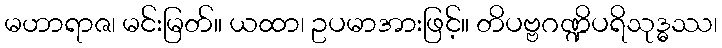
မဟာရာဇ၊ မင်းမြတ်။ ယထာ၊ ဥပမာအားဖြင့်။ တိပဗ္ဗဂဏ္ဍိပရိသုဒ္ဓဿ၊